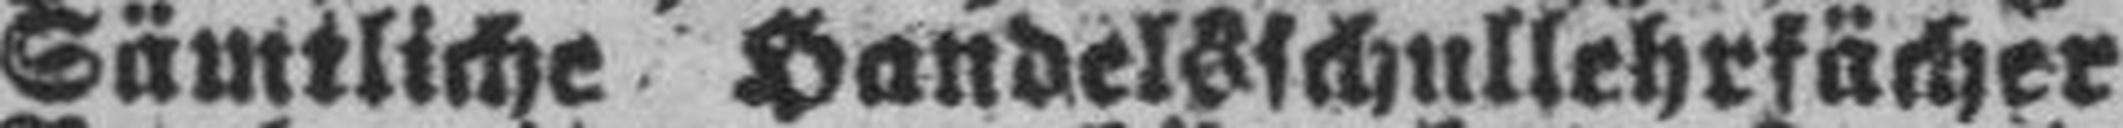
Sämtliche Handelsschullehrfächer